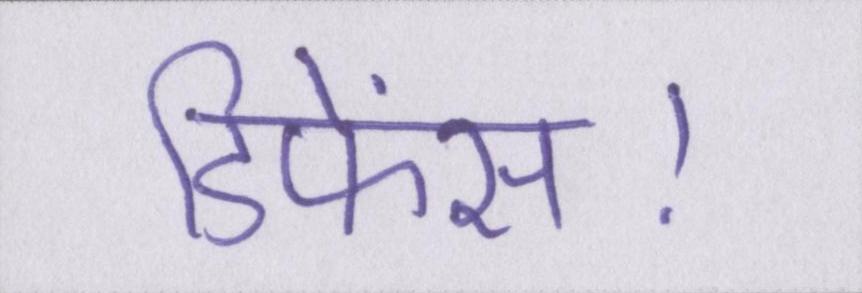
डिफेंस।